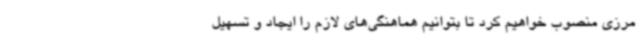
مرزی منصوب خواهیم کرد تا بتوانیم هماهنگی‌های لازم را ایجاد و تسهیل